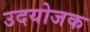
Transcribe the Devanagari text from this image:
उदयोजक